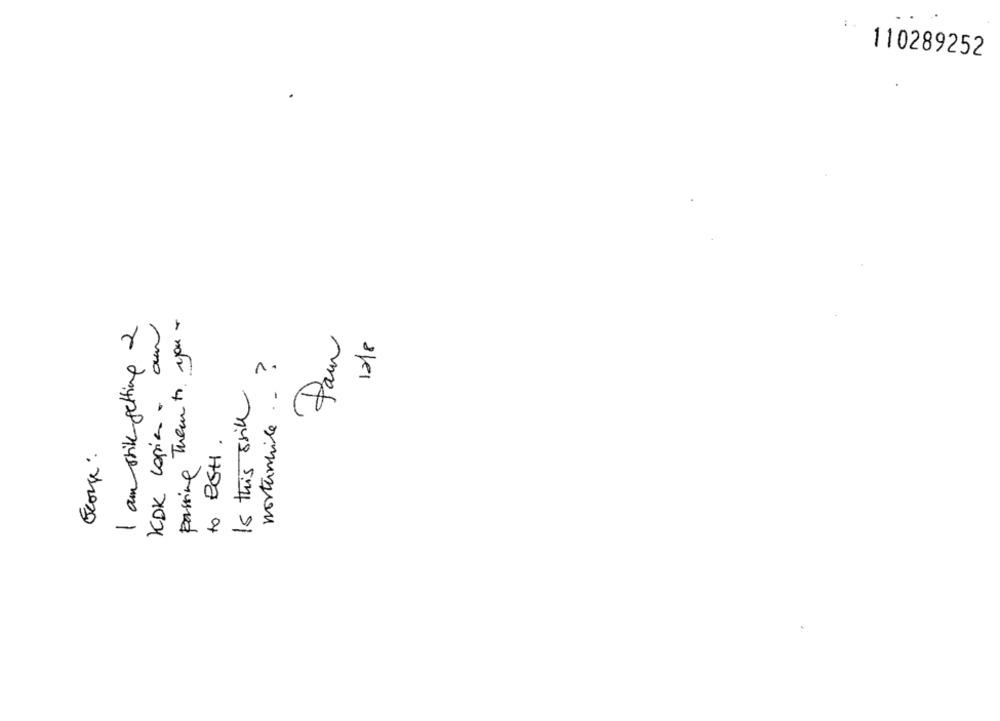
:
110289252
I am stil getting 2
KDK copia. our
Passing them to you -
Pour
1218
1.
Is this still
nostenhice
to ESH.
Ecore: